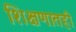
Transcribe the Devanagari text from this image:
शिक्षणातही